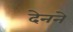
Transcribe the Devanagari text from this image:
देनने